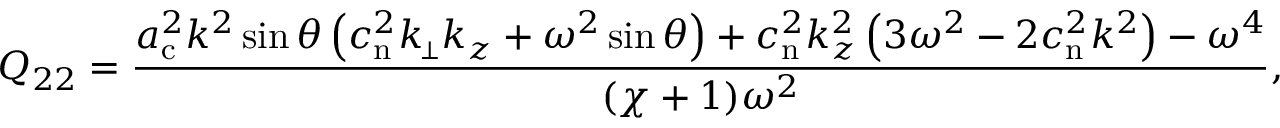
Q _ { 2 2 } = \frac { a _ { \mathrm { c } } ^ { 2 } k ^ { 2 } \sin \theta \left( c _ { \mathrm { n } } ^ { 2 } k _ { \scriptscriptstyle \! \perp } k _ { z } + \omega ^ { 2 } \sin \theta \right) + c _ { \mathrm { n } } ^ { 2 } k _ { z } ^ { 2 } \left( 3 \omega ^ { 2 } - 2 c _ { \mathrm { n } } ^ { 2 } k ^ { 2 } \right) - \omega ^ { 4 } } { ( \chi + 1 ) \omega ^ { 2 } } ,